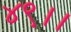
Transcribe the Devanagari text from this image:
४९।।